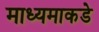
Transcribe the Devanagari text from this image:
माध्यमाकडे